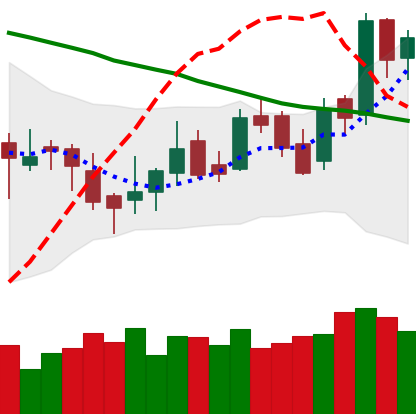
Ticker: LTC-USD
Chart end date: 2016-04-23
Forward return: 13.616%
Label: up_7plus